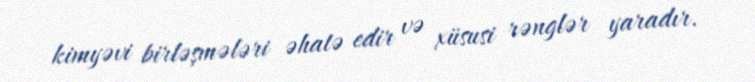
kimyəvi birləşmələri əhatə edir və xüsusi rənglər yaradır.